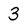
Character: 3